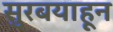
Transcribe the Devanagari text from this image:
सुरबयाहून